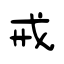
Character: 戒